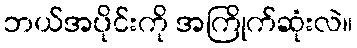
ဘယ်အပိုင်းကို အကြိုက်ဆုံးလဲ။